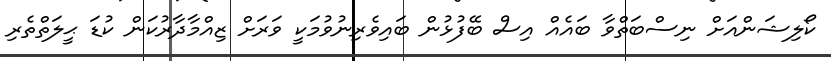
ކޯލިޝަންއަށް ނިސްބަތްވާ ބައެއް އިސް ބޭފުޅުން ބައިވެރިނުވުމަކީ ވަރަށް ޒިއްމާދާރުކަން ކުޑަ ޙީލަތްތެރި